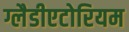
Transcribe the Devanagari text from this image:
ग्लैडीएटोरियम